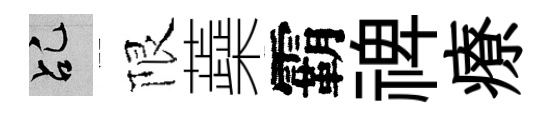
乩限蘃霸禆療